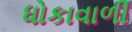
ધોકાવાળી